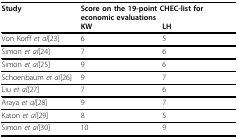
<table><thead><tr><td><b>Study</b></td><td colspan="2"><b>Score on the 19-point CHEC-list for economic evaluations</b></td></tr><tr><td></td><td><b>KW</b></td><td><b>LH</b></td></tr></thead><tbody><tr><td>Von Korff <i>et al</i>[23]</td><td>6</td><td>5</td></tr><tr><td>Simon <i>et al</i>[24]</td><td>7</td><td>6</td></tr><tr><td>Simon <i>et al</i>[25]</td><td>9</td><td>6</td></tr><tr><td>Schoenbaum <i>et al</i>[26]</td><td>9</td><td>7</td></tr><tr><td>Liu <i>et al</i>[27]</td><td>7</td><td>6</td></tr><tr><td>Araya <i>et al</i>[28]</td><td>9</td><td>7</td></tr><tr><td>Katon <i>et al</i>[29]</td><td>8</td><td>5</td></tr><tr><td>Simon <i>et al</i>[30]</td><td>10</td><td>9</td></tr></tbody></table>